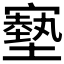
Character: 𡫑